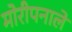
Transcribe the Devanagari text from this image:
मोरीपनाले